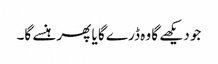
جو دیکھے گا وہ ڈرے گا یا پھر ہنسے گا۔